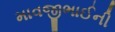
માવજીભાઈની